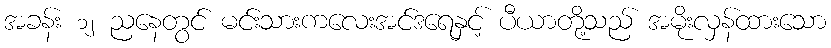
အခန်း ၁၂ ညနေတွင် မင်းသားကလေးအင်ဒရေနှင့် ပီယာတို့သည် အမိုးလှန်ထားသော